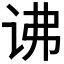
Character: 𬣧